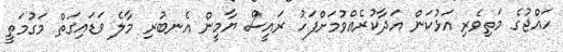
ހައްޖުގެ މަތިވެރި އަޅުކަން އަދާކުރެއްވުމަށްފަހު ރައީސް ޔާމީން އެނބުރި މާލެ ވަޑައިގަތް މަގުމަތީ